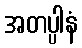
အတပ္ပါနံ